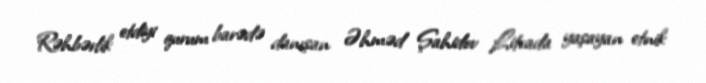
Rəhbərlik etdiyi qurum barədə danışan Əhməd Şahidov Litvada yaşayan etnik